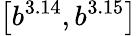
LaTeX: \left[b^{3.14},b^{3.15}\right]